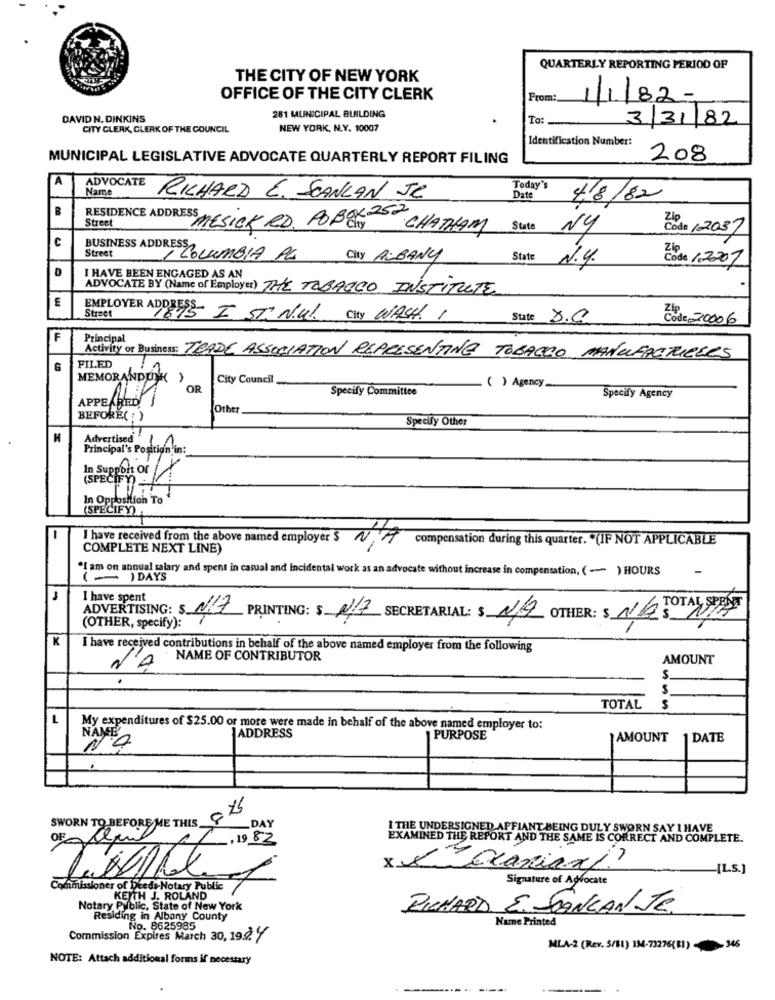
QUARTERLY REPORTING PERIOD OF
THE CITY OF NEW YORK
OFFICE OF THE CITY CLERK
From:
1/1/82-
281 MUNICIPAL BUILDING
DAVID N. DINKINS
To:
3/31/82
CITY CLERK, CLERK OF THE COUNCIL
NEW YORK, N.Y. 10007
Identification Number:
MUNICIPAL LEGISLATIVE ADVOCATE QUARTERLY REPORT FILING
208
A
ADVOCATE
Name
Today's
RICHARD E. SCANLAN JE
Date
4/8/82
B
RESIDENCE ADDRESS MESICK RD. POBEY CHATHAM
Street
State
NY
Code /2037
c
BUSINESS ADDRESS
Street
1 COLUMBIA PL
City ALBANY
State
N.4.
Code 1-2207
I HAVE BEEN ENGAGED AS AN
ADVOCATE BY (Name of Employes) THE TOBACCO INSTITUTE
E
EMPLOYER ADDRESS- I ST. Nul. City WASHI
Street
State 8.0
Code 20006
F
Principal
FILED
Activity or Business: TRADE ASSOCIATION REPRESENTING TOBACCO, MANUFACTURERS
6
MEMORANDUMK( )
City Council
OR
Specify Committee
( ) Agency-
APPEARED J
Specify Agency
Other
BEFORE( : )
Specify Other
H
Advertised
Principal's Position in:
(SPECIFY
port or
In Opposition To
(SPECIFY)
I have received from the above named employer $
N
compensation during this quarter. "(IF NOT APPLICABLE
COMPLETE NEXT LINE)
*I am on annual salary and spent in casual and incidental work as an advocate without increase in compensation, ( ~ ) HOURS
-
( ) DAYS
-
I have spent
ADVERTISING: S NOT PRINTING: $ 0,7 SECRETARIAL: $ NA OTHER: $ N/A TOTALBEST
(OTHER, specify): 7
I have received contributions in behalf of the above named employer from the following
NAME OF CONTRIBUTOR
AMOUNT
N'A
.
S
TOTAL
S
L
NAME
My expenditures of $25.00 or more were made in behalf of the above named employer to:
ADDRESS
PURPOSE
AMOUNT
DATE
NA
SWORN TO BEFORE ME THIS_
-DAY
1 THE UNDERSIGNED AFFIANT BEING DULY SWORN SAY I HAVE
OF Lex
R. 1982
EXAMINED THE REPORT AND THE SAME IS CORRECT AND COMPLETE.
xx Exaniaxi?
„[L.S.]
Signature of Advocate
Commissioner of Deeds-Notary Public
H J. ROLAND
Notary Public, State of New York
RICHARD E. STANCANTE
Residing in Albany County
Name Printed
No. 8625985
Commission Expires March 30, 192 1
MLA-2 (Rev. 5/81) 184-73276(81)345
NOTE: Attach additional forms if necessary